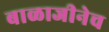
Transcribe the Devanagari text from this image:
बाळाजीनेच